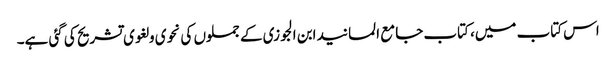
اس کتاب میں، کتاب جامع المسانید ابن الجوزی کے جملوں کی نحوی و لغوی تشریح کی گئی ہے۔